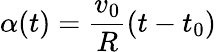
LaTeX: \alpha(t)=\frac{v_{0}}{R}(t-t_{0})